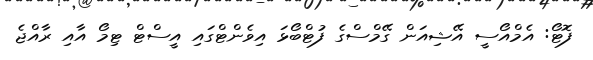
ފޮޓޯ: އެމްއޯސީ އޭޝިއަން ގޭމްސްގެ ފުޓްބޯޅަ އިވެންޓްގައި އީސްޓް ޓިމޯ އާއި ރާއްޖެ